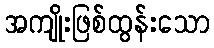
အကျိုးဖြစ်ထွန်းသော